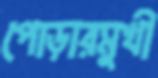
পোড়ারমুখী